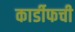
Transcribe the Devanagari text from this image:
कार्डीफची